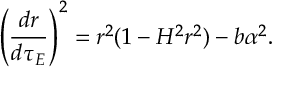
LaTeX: \left( \frac { d r } { d \tau _ { E } } \right) ^ { 2 } = r ^ { 2 } ( 1 - H ^ { 2 } r ^ { 2 } ) - b \alpha ^ { 2 } .